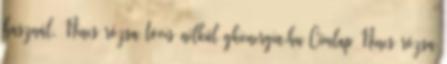
használ. Nincs rózsa tövis nélkül gkienergia.hu Címlap Nincs rózsa